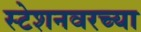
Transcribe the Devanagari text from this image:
स्टेशनवरच्या